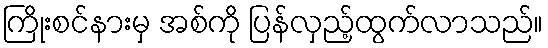
ကြိုးစင်နားမှ အစ်ကို ပြန်လှည့်ထွက်လာသည်။